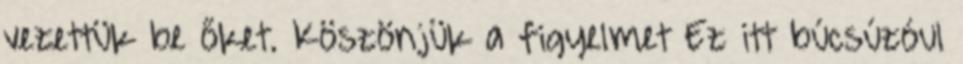
vezettük be őket. Köszönjük a figyelmet Ez itt búcsúzóul